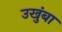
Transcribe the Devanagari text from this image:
उखुंबा